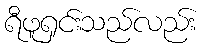
ရီဖူရှင်းသည်လည်း